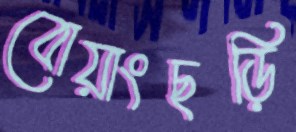
বোয়াংছড়ি